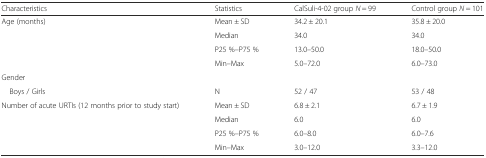
| Characteristics | Statistics | CalSuli-4-02 group N = 99 | Control group N = 101 |
 | --- | --- | --- | --- |
 | <ROWSPAN=4> Age (months) | Mean ± SD | 34.2 ± 20.1 | 35.8 ± 20.0 |
 | Median | 34.0 | 34.0 |
 | P25 %–P75 % | 13.0–50.0 | 18.0–50.0 |
 | Min–Max | 5.0–72.0 | 6.0–73.0 |
 | Gender |  |  |  |
 | Boys / Girls | N | 52 / 47 | 53 / 48 |
 | <ROWSPAN=4> Number of acute URTIs (12 months prior to study start) | Mean ± SD | 6.8 ± 2.1 | 6.7 ± 1.9 |
 | Median | 6.0 | 6.0 |
 | P25 %–P75 % | 6.0–8.0 | 6.0–7.6 |
 | Min–Max | 3.0–12.0 | 3.3–12.0 |